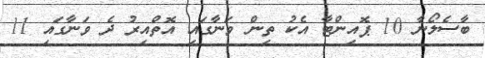
ބާސެލޯނާ 10 ޕޮއިންޓާ އެކު ތިން ވަނާގައި އޮތްއިރު ދެ ވަނާގައި 11